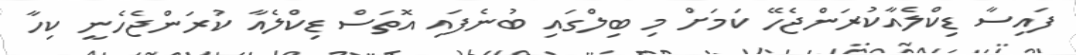
ފައިސާ ޑިކްލެއާކުރަންޖެހޭ ކަމަށް މި ބިލްގައި ބުނެފައި އޮތަސް ޑިކްލެއާ ކުރަންޖެހެނީ ކިހާ